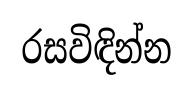
රසවිඳින්න